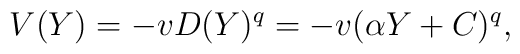
V(Y)=-vD(Y)^q=-v(\alpha Y+C)^q,